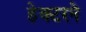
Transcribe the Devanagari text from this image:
हेक्टरने